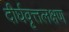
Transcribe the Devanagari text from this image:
दीर्घवृत्तलक्षण